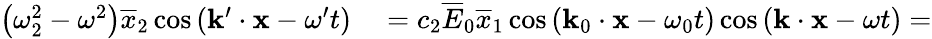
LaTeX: \begin{array}{rl}{\left(\omega_{2}^{2}-\omega^{2}\right)\overline{{x}}_{2}\cos\left(\mathbf{k}^{\prime}\cdot\mathbf{x}-\omega^{\prime}t\right)}&{{}=c_{2}\overline{{E}}_{0}\overline{{x}}_{1}\cos\left(\mathbf{k}_{0}\cdot\mathbf{x}-\omega_{0}t\right)\cos\left(\mathbf{k}\cdot\mathbf{x}-\omega t\right)=}\end{array}